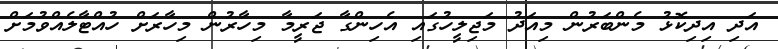
އަދި އިދިކޮޅު މެންބަރުން މިއަދު މަޖިލީހުގައި އެހިންގާ ޖަރީމާ މިހާރުން މިހާރަށް ހުއްޓާލެއްވުމަށް